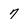
Character: 7